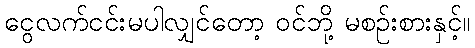
ငွေလက်ငင်းမပါလျှင်တော့ ဝင်ဘို့ မစဉ်းစားနှင့်။